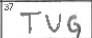
Transcription: TUG